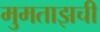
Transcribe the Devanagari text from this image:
मुमताझची